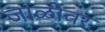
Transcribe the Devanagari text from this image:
जाळीवर